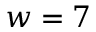
w = 7